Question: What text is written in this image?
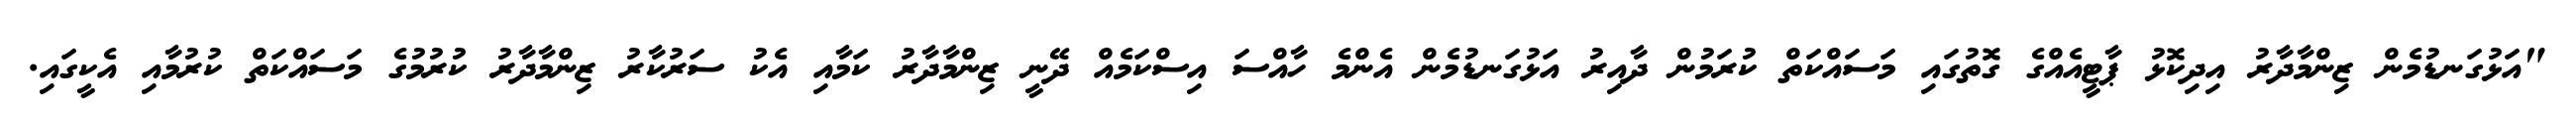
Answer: "އަޅުގަނޑުމެން ޒިންމާދާރު އިދިކޮޅު ޕާޓީއެއްގެ ގޮތުގައި މަސައްކަތް ކުރަމުން ދާއިރު އަޅުގަނޑުމެން އެންމެ ހާއްސަ އިސްކަމެއް ދޭނީ ޒިންމާދާރު ކަމާއި އެކު ސަރުކާރު ޒިންމާދާރު ކުރުމުގެ މަސައްކަތް ކުރުމާއި އެކީގައި.